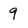
Character: 9